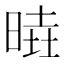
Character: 𣈹